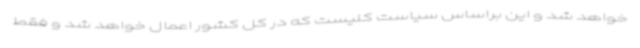
خواهد شد و این براساس سیاست کلیست که در کل کشور اعمال خواهد شد و فقط